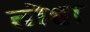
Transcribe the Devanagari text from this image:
तोहा